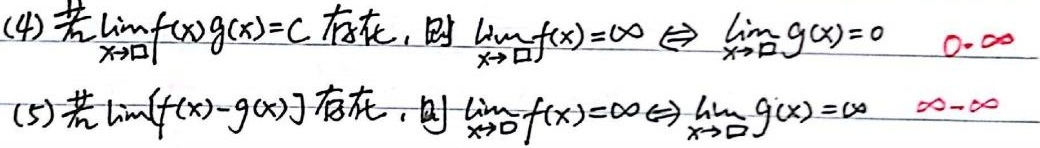
(4) 若$\lim\limits_{x \to \square} f(x)g(x)=C$ 存在，则 $\lim\limits_{x \to \square} f(x)=\infty \Leftrightarrow \lim\limits_{x \to \square} g(x)=0$  $\color{red}{0\cdot\infty}$
(5) 若$\lim\limits_{x \to \square}[f(x)-g(x)]$ 存在，则 $\lim\limits_{x \to \square} f(x)=\infty \Leftrightarrow \lim\limits_{x \to \square} g(x)=\infty$  $\color{red}{\infty - \infty}$